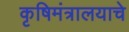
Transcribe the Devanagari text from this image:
कृषिमंत्रालयाचे